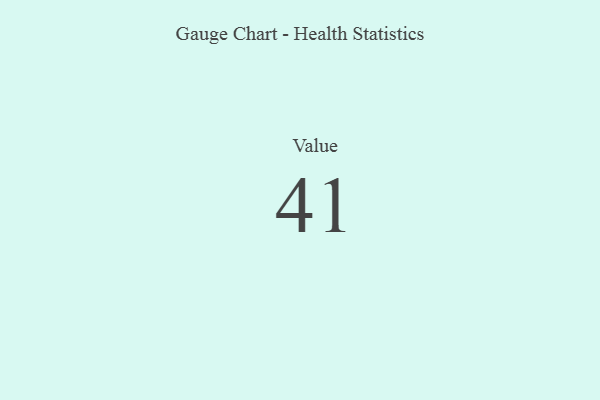
{"axis": {"x": "Metric", "y": "Value"}, "legend": [""], "data": [{"x": "Value", "y": 41, "type": ""}]}